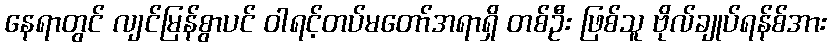
နေရာတွင် လျင်မြန်စွာပင် ဝါရင့်တပ်မတော်အရာရှိ တစ်ဦး ဖြစ်သူ ဗိုလ်ချုပ်ရန်စ်အား